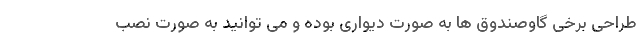
طراحی برخی گاوصندوق ­ها به صورت دیواری بوده و می­ توانید به صورت نصب